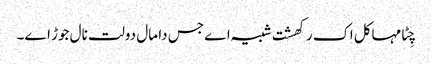
چِٹا مہاکل اک رکھشت شبیہ اے جس دا مال دولت نال جوڑ اے۔